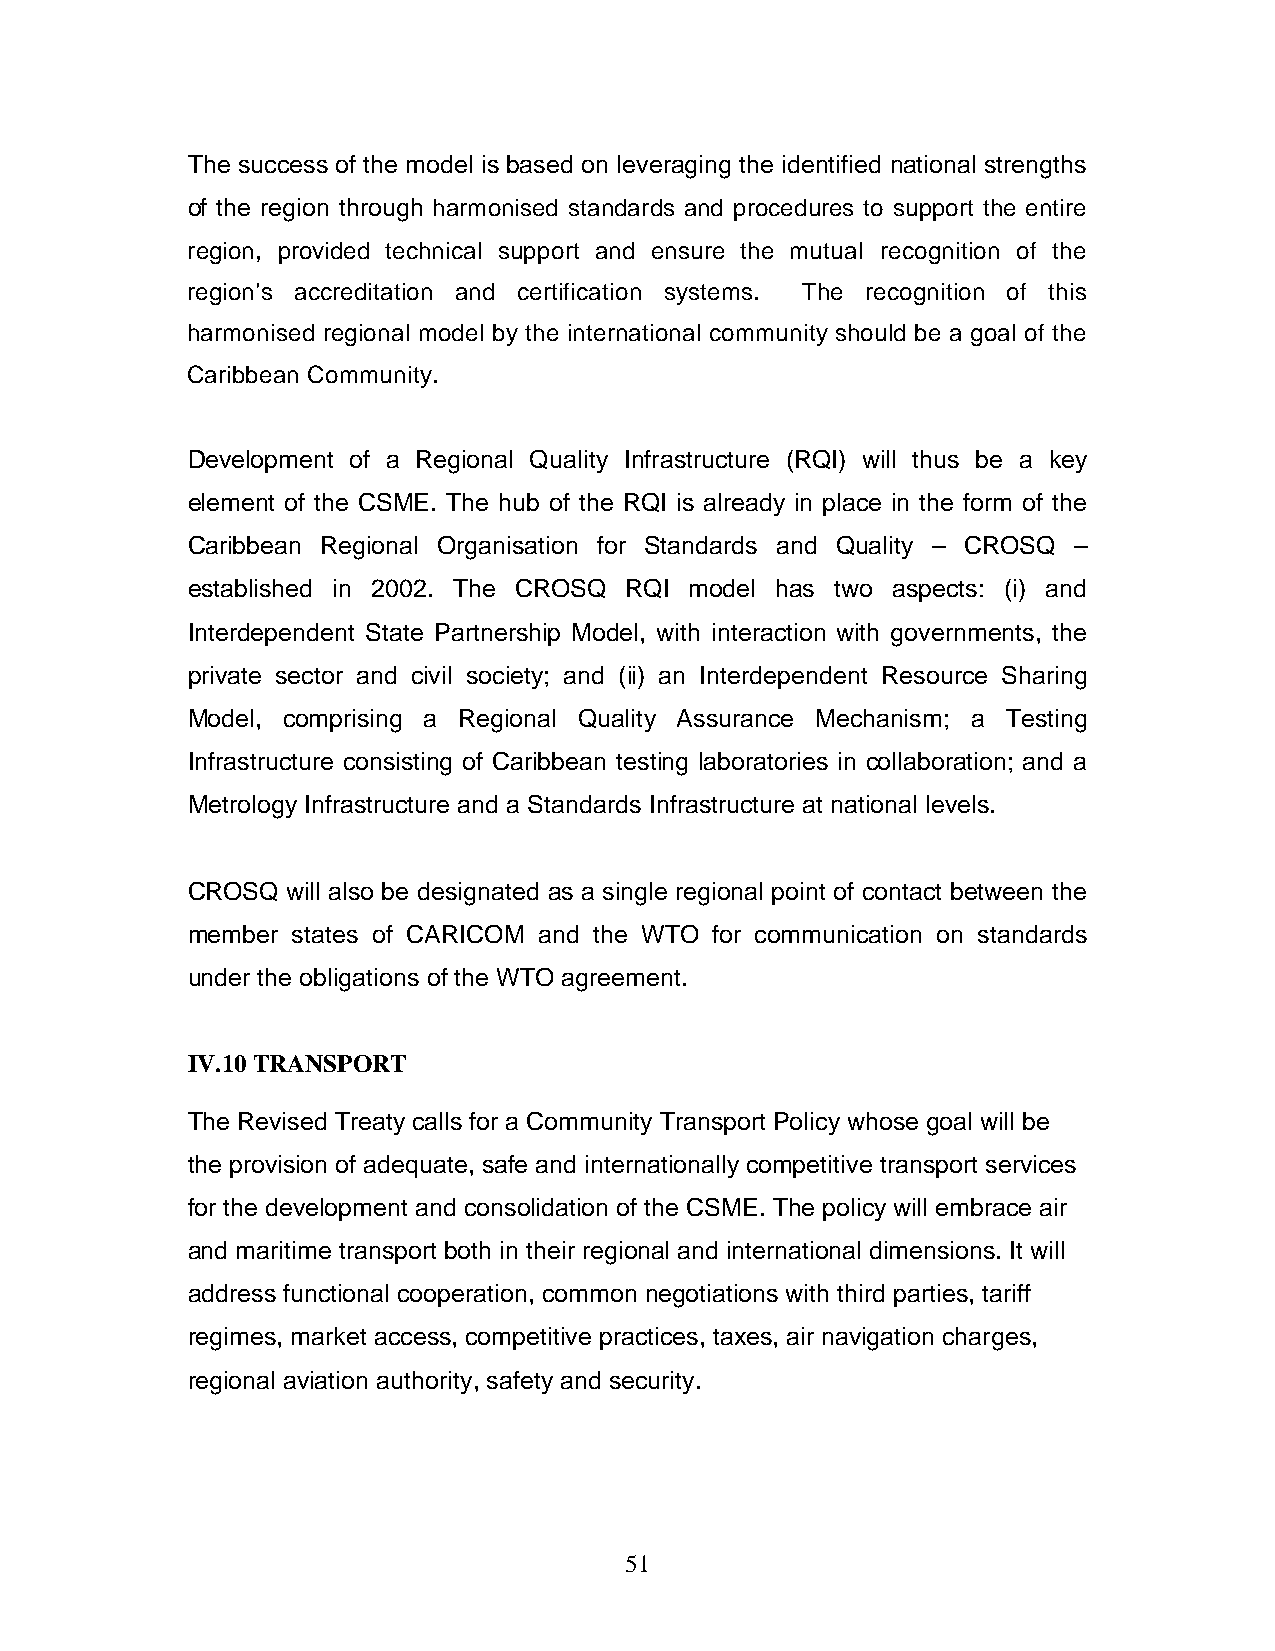
The success of the model is based on leveraging the identified national strengths
 of the region through harmonised standards and procedures to support the entire
 region, provided technical support and ensure the mutual recognition of the
 region’s accreditation and certification systems. The recognition of this
 harmonised regional model by the international community should be a goal of the
 Caribbean Community.
 Development of a Regional Quality Infrastructure (RQI) will thus be a key
 element of the CSME. The hub of the RQI is already in place in the form of the
 Caribbean Regional Organisation for Standards and Quality – CROSQ –
 established in 2002. The CROSQ RQI model has two aspects: (i) and
 Interdependent State Partnership Model, with interaction with governments, the
 private sector and civil society; and (ii) an Interdependent Resource Sharing
 Model, comprising a Regional Quality Assurance Mechanism; a Testing
 Infrastructure consisting of Caribbean testing laboratories in collaboration; and a
 Metrology Infrastructure and a Standards Infrastructure at national levels.
 CROSQ  will also be designated as a single regional point of contact between the
 member states of CARICOM and the WTO for communication on standards
 under the obligations of the WTO agreement.
 IV.10 TRANSPORT
 The Revised Treaty calls for a Community Transport Policy whose goal will be
 the provision of adequate, safe and internationally competitive transport services
 for the development and consolidation of the CSME. The policy will embrace air
 and maritime transport both in their regional and international dimensions. It will
 address functional cooperation, common negotiations with third parties, tariff
 regimes, market access, competitive practices, taxes, air navigation charges,
 regional aviation authority, safety and security.
 51